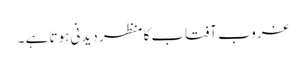
غروب آفتاب کا منظر دیدنی ہوتا ہے ۔